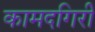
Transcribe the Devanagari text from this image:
कामदगिरी